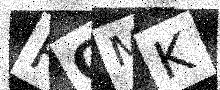
Text: FOMK